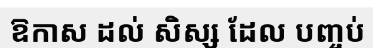
ឱកាស ដល់ សិស្ស ដែល បញ្ចប់